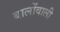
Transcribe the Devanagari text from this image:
बालोंवाली